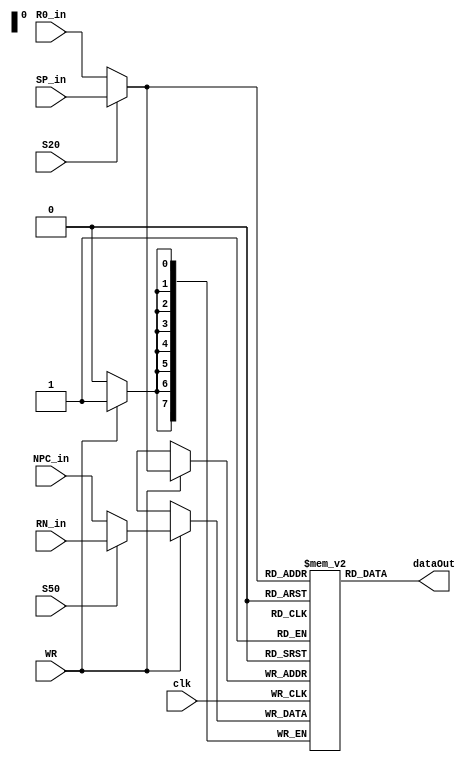
`timescale 1ns / 1ps

module DataMemory
(
    input           clk,
    input           WR,
    input           S20,
    input           S50,
    input   [7:0]   SP_in,
    input   [7:0]   R0_in,
    input   [7:0]   NPC_in,
    input   [7:0]   RN_in,
    output  [7:0]   dataOut
    // input           RD,
);

    reg [7:0] dataMem[255:0];
    wire [7:0] address;
    wire [7:0] dataIn;

    assign address = S20 ? SP_in : R0_in;    //MUX2
    assign dataIn = S50 ? RN_in : NPC_in;    //MUX5
    assign dataOut = dataMem[address];

    always @(posedge clk)
    begin
    if (WR)
        dataMem[address] <= dataIn;
    end
    
    /*
    initial begin
            $readmemh("test/DMinit.txt",dataMem);
    end
    */
endmodule